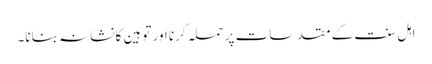
اہل سنت کے مقدسات پر حملہ کرنا اور توہین کا نشانہ بنانا۔